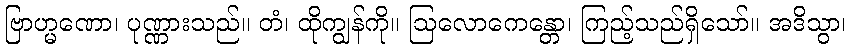
ဗြာဟ္မဏော၊ ပုဏ္ဏားသည်။ တံ၊ ထိုကျွန်ကို။ ဩလောကေန္တော၊ ကြည့်သည်ရှိသော်။ အဒိသွာ၊